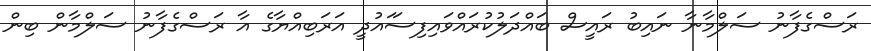
ރަސްގެފާނު ސަލްމާނާ ނައިބު ރައީސް ބައްދަލުކުރައްވައިފިސަައުދީ އަރަބިއްޔާގެ އާ ރަސްގެފާނު ސަލްމާން ބިން